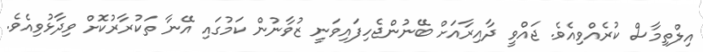
އިލްތިމާސް ކުރެއްވިއެވެ. ޖައްވީ ދާއިރާއަށް ބޭނުންޖެހިފައިވަނީ ޒުވާނުން ކަމުގައި އޭނާ ތަކުރާރުކޮށް ވިދާޅުވިއެވެ.